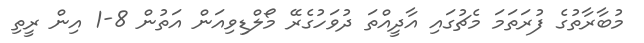
މުބާރާތުގެ ފުރަތަމަ މެޗުގައި އާދީއްތަ ދުވަހުގެރޭ މޯލްޑިވިއަން އަތުން 8-1 އިން ރީތި